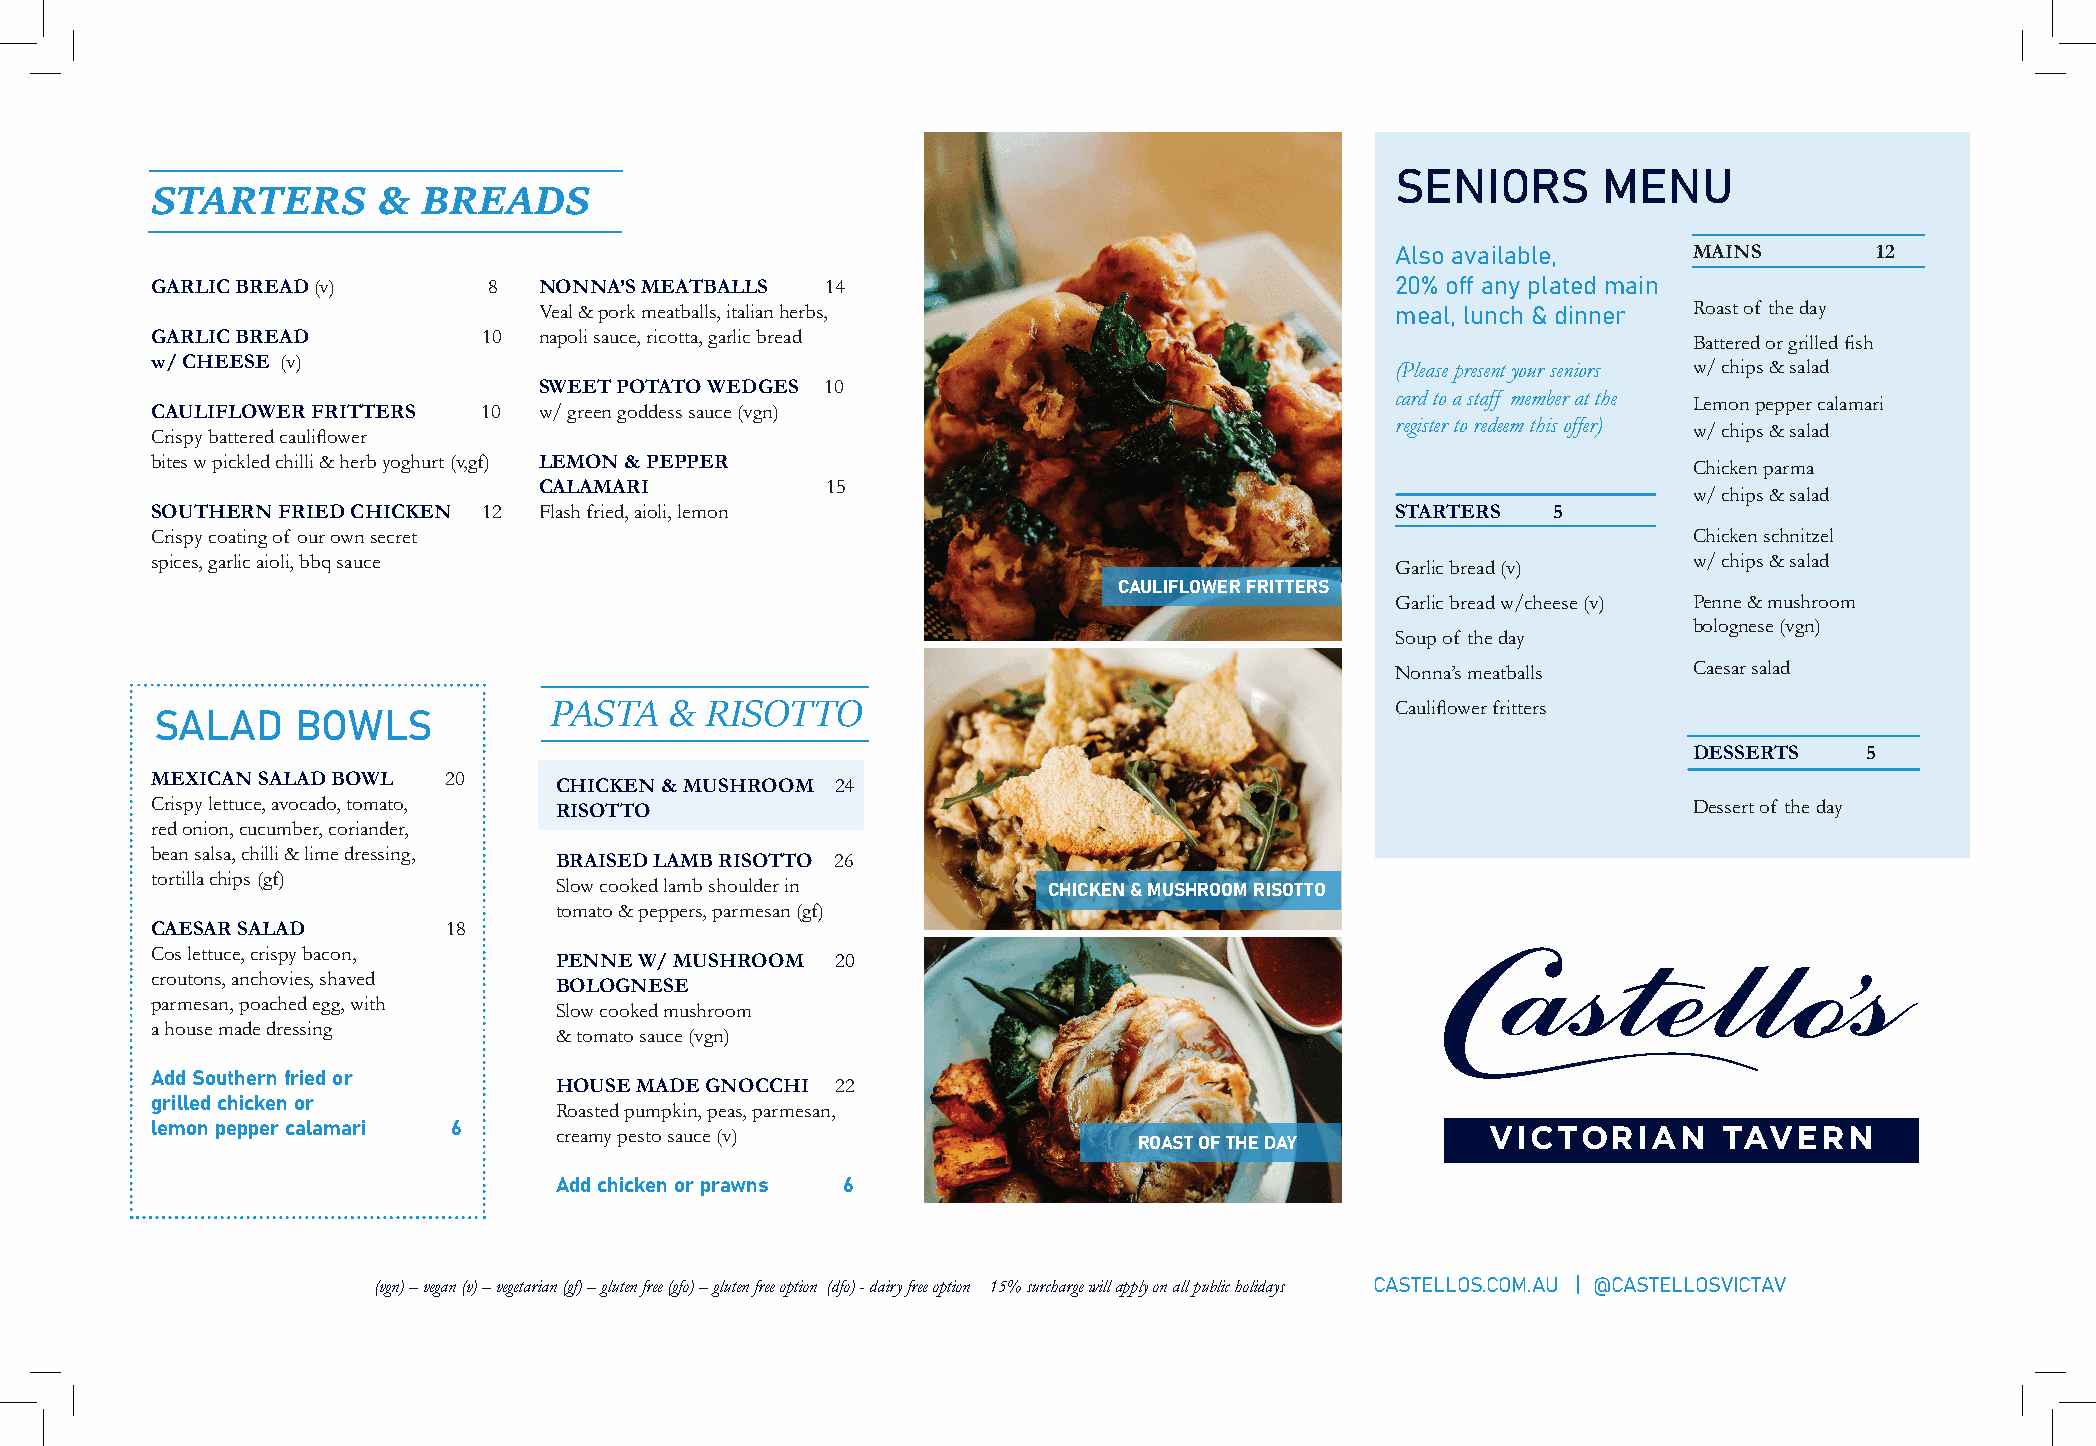
SENIORS       MENU
 STARTERS       &  BREADS
 Also available,     MAINS       12
 GARLIC BREAD (v)      8   NONNA’S MEATBALLS  14                                   20% off any plated main
 Veal & pork meatballs, italian herbs,                   meal, lunch & dinner Roast of the day
 GARLIC BREAD          10  napoli sauce, ricotta, garlic bread                                         Battered or grilled fish
 w/ CHEESE (v)                                                                     (Please present your seniors w/ chips & salad
 SWEET POTATO WEDGES 10
 card to a staff member at the
 Lemon pepper calamari
 CAULIFLOWER FRITTERS  10  w/ green goddess sauce (vgn)
 Crispy battered cauliflower                                                       register to redeem this offer) w/ chips & salad
 bites w pickled chilli & herb yoghurt (v,gf) LEMON & PEPPER                                           Chicken parma
 CALAMARI           15
 w/ chips & salad
 SOUTHERN FRIED CHICKEN 12 Flash fried, aioli, lemon                               STARTERS   5
 Crispy coating of our own secret                                                                      Chicken schnitzel
 spices, garlic aioli, bbq sauce                                                   Garlic bread (v)    w/ chips & salad
 CAULIFLOWER FRITTERS
 Garlic bread w/cheese (v) Penne & mushroom
 bolognese (vgn)
 Soup of the day
 Nonna’s meatballs   Caesar salad
 PASTA   &  RISOTTO                                      Cauliflower fritters
 SALAD     BOWLS
 DESSERTS    5
 MEXICAN SALAD BOWL 20      CHICKEN & MUSHROOM 24
 Crispy lettuce, avocado, tomato, RISOTTO                                                              Dessert of the day
 red onion, cucumber, coriander,
 bean salsa, chilli & lime dressing,
 BRAISED LAMB RISOTTO 26
 tortilla chips (gf)
 Slow cooked lamb shoulder in    CHICKEN & MUSHROOM RISOTTO
 tomato & peppers, parmesan (gf)
 CAESAR SALAD        18
 Cos lettuce, crispy bacon,
 PENNE W/ MUSHROOM 20
 croutons, anchovies, shaved
 BOLOGNESE
 parmesan, poached egg, with
 Slow cooked mushroom
 a house made dressing
 & tomato sauce (vgn)
 Add Southern fried or
 HOUSE MADE GNOCCHI 22
 grilled chicken or
 Roasted pumpkin, peas, parmesan,
 lemon pepper calamari 6    creamy pesto sauce (v)                                        VICTORIAN      TAVERN
 ROAST OF THE DAY
 Add chicken or prawns 6
 (vgn) – vegan (v) – vegetarian (gf) – gluten free (gfo) – gluten free option (dfo) - dairy free option 15% surcharge will apply on all public holidays CASTELLOS.COM.AU | @CASTELLOSVICTAV